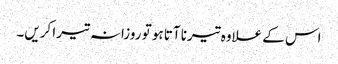
اس کے علاوہ تیرنا آتا ہو تو روزانہ تیرا کریں۔